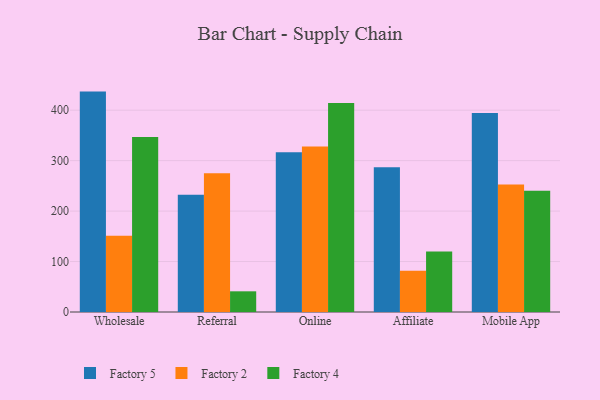
{"axis": {"x": "Channel", "y": "Shipments"}, "legend": ["Factory 2", "Factory 4", "Factory 5"], "data": [{"x": "Wholesale", "y": 436.8, "type": "Factory 5"}, {"x": "Wholesale", "y": 151.2, "type": "Factory 2"}, {"x": "Wholesale", "y": 346.8, "type": "Factory 4"}, {"x": "Referral", "y": 232.5, "type": "Factory 5"}, {"x": "Referral", "y": 275.0, "type": "Factory 2"}, {"x": "Referral", "y": 41.0, "type": "Factory 4"}, {"x": "Online", "y": 316.8, "type": "Factory 5"}, {"x": "Online", "y": 328.0, "type": "Factory 2"}, {"x": "Online", "y": 414.3, "type": "Factory 4"}, {"x": "Affiliate", "y": 286.8, "type": "Factory 5"}, {"x": "Affiliate", "y": 81.8, "type": "Factory 2"}, {"x": "Affiliate", "y": 120.1, "type": "Factory 4"}, {"x": "Mobile App", "y": 394.4, "type": "Factory 5"}, {"x": "Mobile App", "y": 252.7, "type": "Factory 2"}, {"x": "Mobile App", "y": 240.5, "type": "Factory 4"}]}